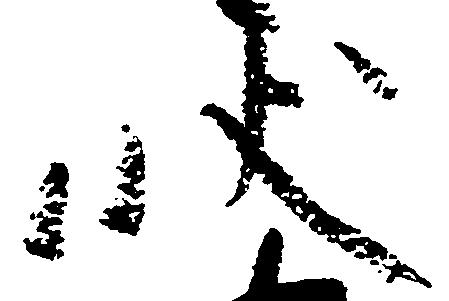
状